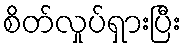
စိတ်လှုပ်ရှားပြီး